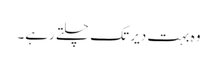
وہ بہت دیر تک چلتے رہے۔